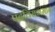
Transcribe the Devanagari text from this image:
पदविराजमान